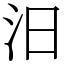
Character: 汨